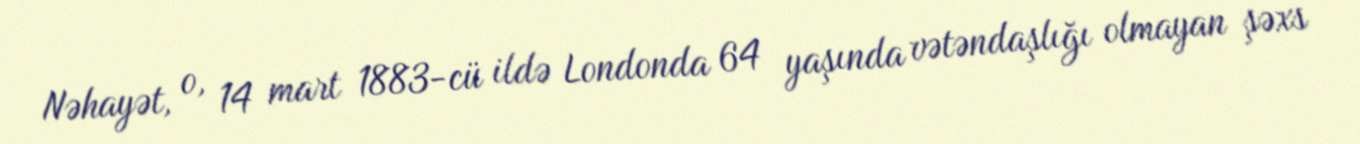
Nəhayət, o, 14 mart 1883-cü ildə Londonda 64 yaşında vətəndaşlığı olmayan şəxs